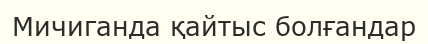
Мичиганда қайтыс болғандар